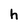
Character: h